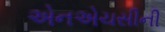
એનએચસીની